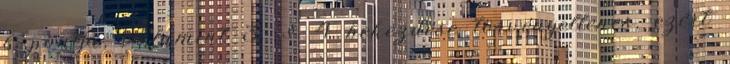
b pontja, valamint 3. § 4 bekezdése törvényellenes, ezért